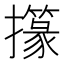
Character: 𢸢